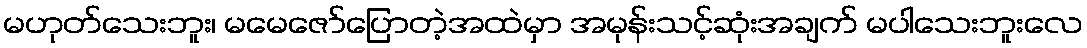
မဟုတ်သေးဘူး၊ မမေဇော်ပြောတဲ့အထဲမှာ အမုန်းသင့်ဆုံးအချက် မပါသေးဘူးလေ